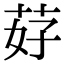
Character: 䒵